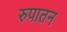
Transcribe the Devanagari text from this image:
रुपातन